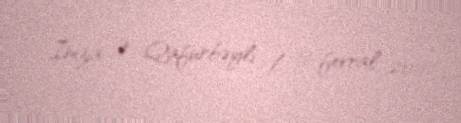
İmza: Ə. Qafurbəyli / 16 fevral 2011